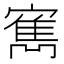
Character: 寯